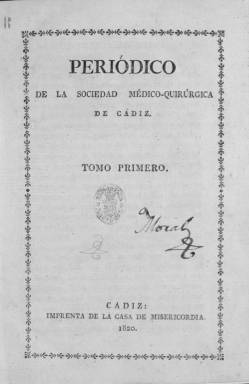
Título: Periódico de la Sociedad Médico-Quirúrgica de Cádiz
Otros títulos: Periódico de la Sociedad Médico Quirúrgica de Cádiz
Colección: Medicina
Ámbito geográfico: Cádiz
Lugar de publicación: Cádiz
Fechas: 01/01/1820-31/12/1824

El ejemplar de 1824, correspondiente al cuarto volumen de la publicación, contiene además dos monografías: Proyecto dirigido a promover los adelantamientos de la Medicina, y mejorar la suerte de sus profesores, igualmente que la de los enfermos (página 291 del PDF) y Traducción del ensayo sobre flecmasias del tegido mucoso (página 357 del PDF)